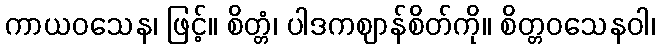
ကာယဝသေန၊ ဖြင့်။ စိတ္တံ၊ ပါဒကဈာန်စိတ်ကို။ စိတ္တဝသေနဝါ၊